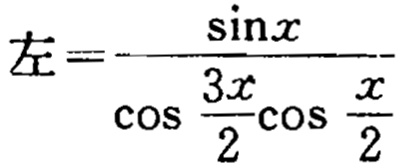
\(左=\frac{\sin x}{\cos \frac{3x}{2}\cos \frac{x}{2}}\)